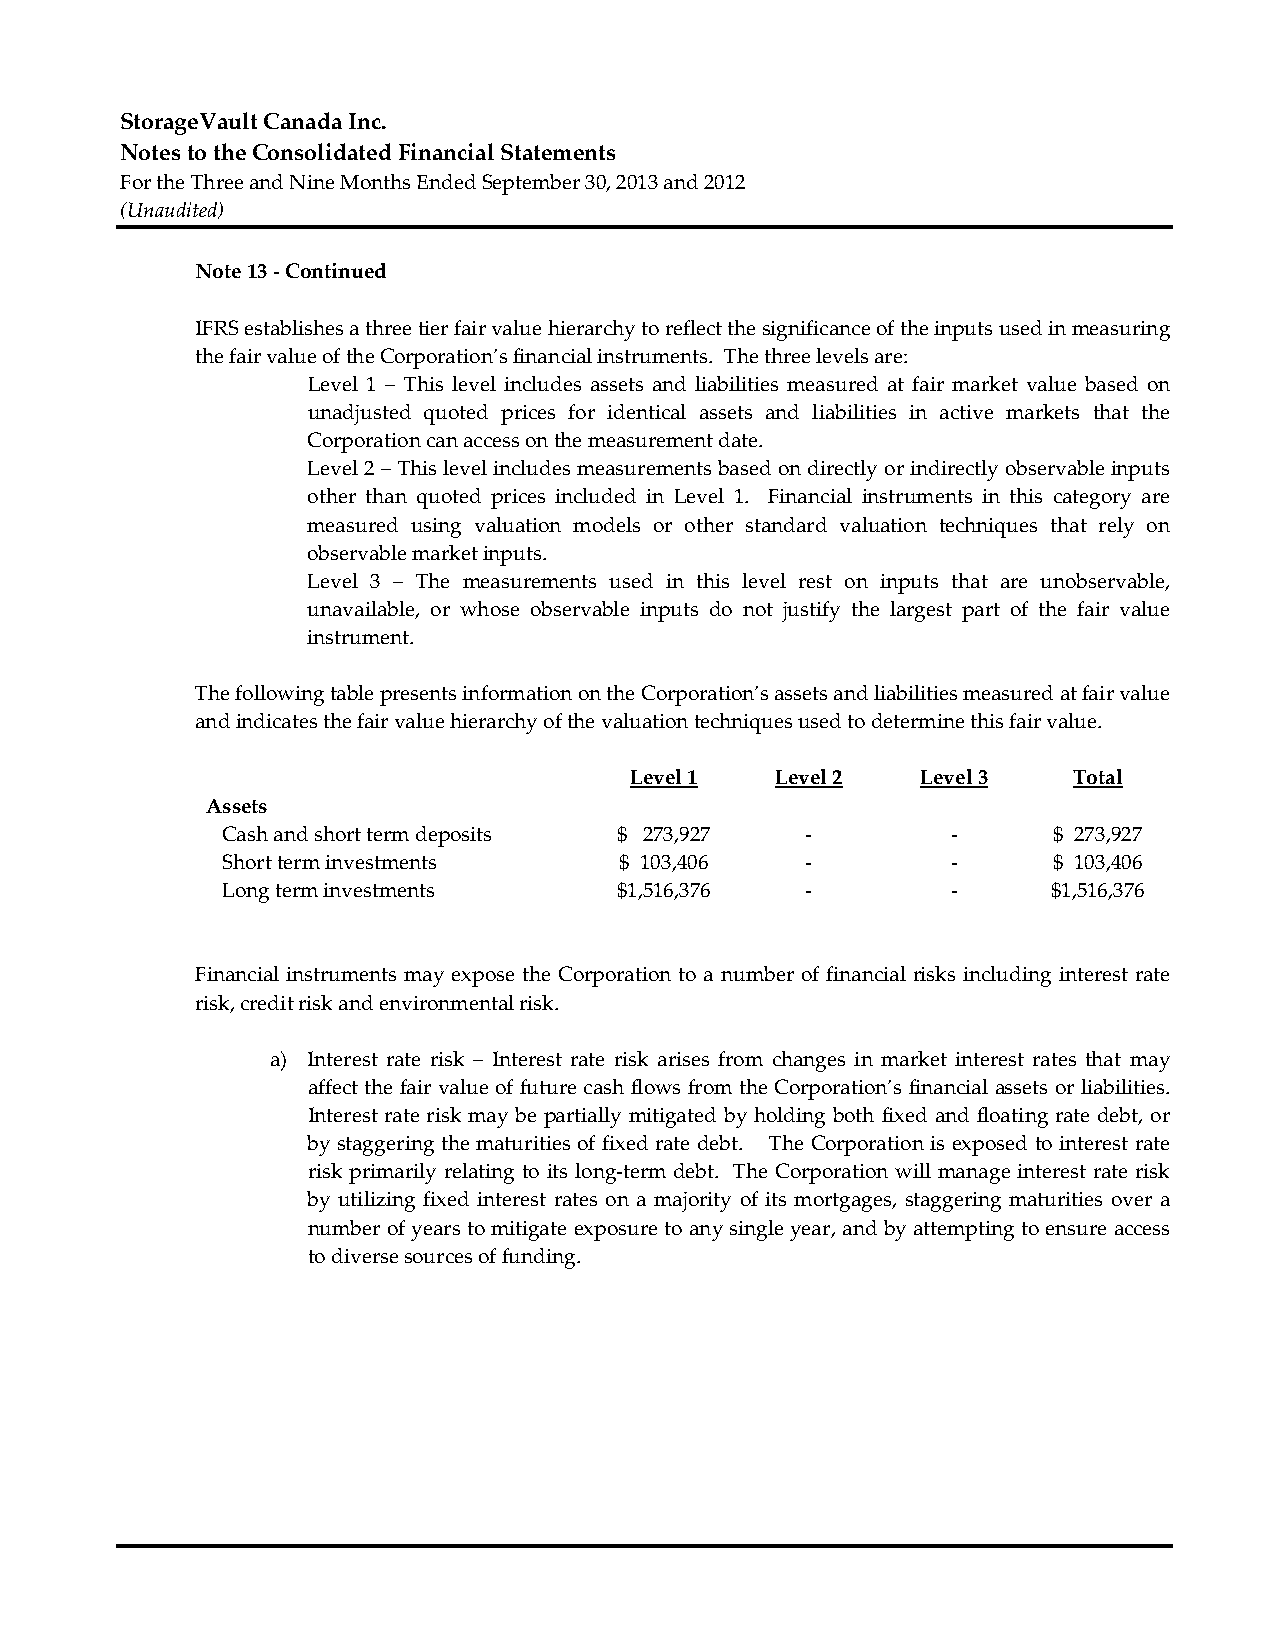
StorageVault Canada Inc.
 Notes to the Consolidated Financial Statements
 For the Three and Nine Months Ended September 30, 2013 and 2012
 (Unaudited)
 Note 13 ‐ Continued
 IFRS establishes a three tier fair value hierarchy to reflect the significance of the inputs used in measuring
 the fair value of the Corporation’s financial instruments. The three levels are:
 Level 1 – This level includes assets and liabilities measured at fair market value based on
 unadjusted quoted prices for identical assets and liabilities in active markets that the
 Corporation can access on the measurement date.
 Level 2 – This level includes measurements based on directly or indirectly observable inputs
 other than quoted prices included in Level 1. Financial instruments in this category are
 measured using valuation models or other standard valuation techniques that rely on
 observable market inputs.
 Level 3 – The measurements used in this level rest on inputs that are unobservable,
 unavailable, or whose observable inputs do not justify the largest part of the fair value
 instrument.
 The following table presents information on the Corporation’s assets and liabilities measured at fair value
 and indicates the fair value hierarchy of the valuation techniques used to determine this fair value.
 Level 1  Level 2   Level 3   Total
 Assets
 Cash and short term deposits $ 273,927 ‐        ‐      $ 273,927
 Short term investments    $ 103,406   ‐         ‐      $ 103,406
 Long term investments     $1,516,376  ‐         ‐      $1,516,376
 Financial instruments may expose the Corporation to a number of financial risks including interest rate
 risk, credit risk and environmental risk.
 a) Interest rate risk – Interest rate risk arises from changes in market interest rates that may
 affect the fair value of future cash flows from the Corporation’s financial assets or liabilities.
 Interest rate risk may be partially mitigated by holding both fixed and floating rate debt, or
 by staggering the maturities of fixed rate debt. The Corporation is exposed to interest rate
 risk primarily relating to its long‐term debt. The Corporation will manage interest rate risk
 by utilizing fixed interest rates on a majority of its mortgages, staggering maturities over a
 number of years to mitigate exposure to any single year, and by attempting to ensure access
 to diverse sources of funding.